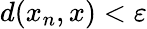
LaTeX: d(x_{n},x)<\varepsilon